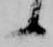
候